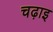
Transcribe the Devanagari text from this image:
चढ़ाइ